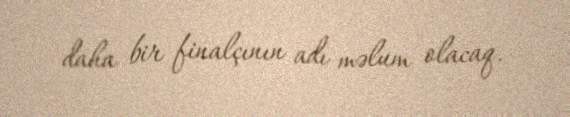
daha bir finalçının adı məlum olacaq.